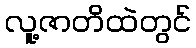
လူ့ဇာတိထဲတွင်